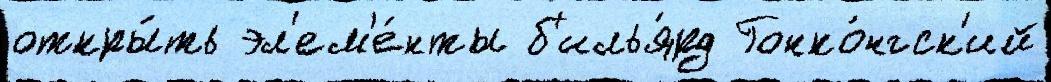
откры́ть эл'ем'е́нты б'илья́рд Гонко́нгск'ий